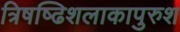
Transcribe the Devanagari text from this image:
त्रिषष्ढिशलाकापुरुश